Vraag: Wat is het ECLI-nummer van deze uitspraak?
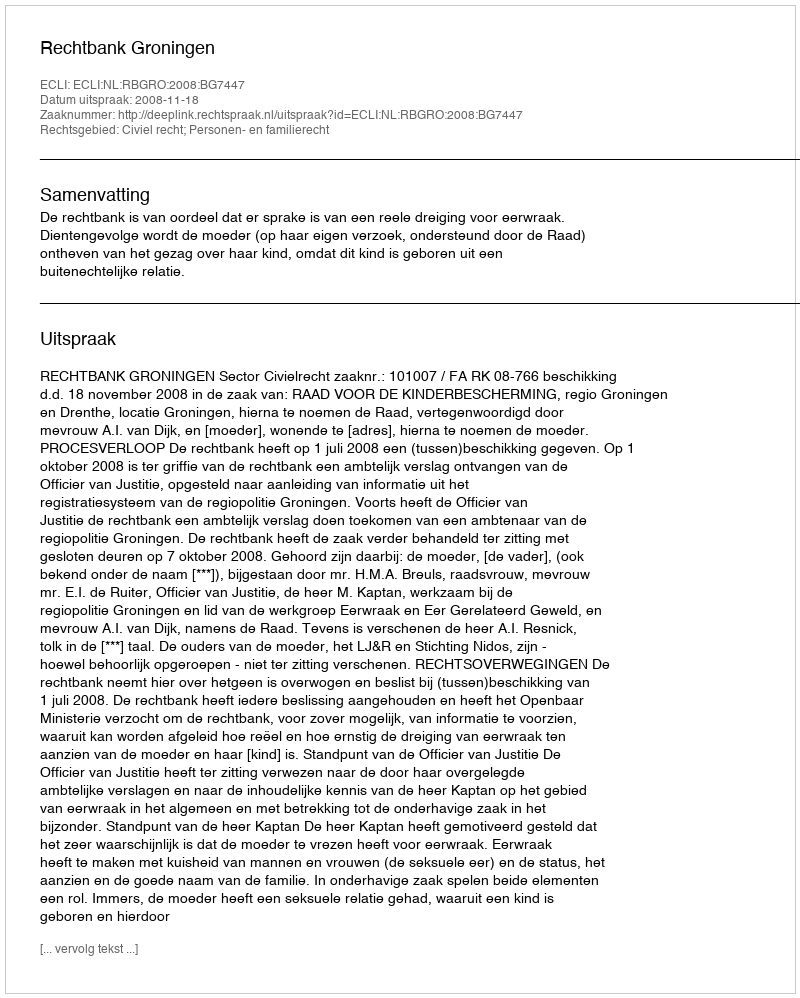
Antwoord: ECLI:NL:RBGRO:2008:BG7447